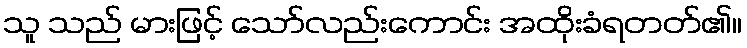
သူ သည် မားဖြင့် သော်လည်းကောင်း အထိုးခံရတတ်၏။